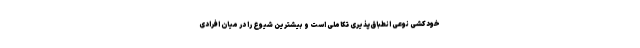
خودکشی نوعی انطباق‌پذیری تکاملی است و بیشترین شیوع را در میان افرادی